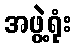
အဖွဲ့ရုံး